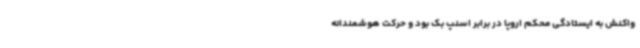
واکنش به ایستادگی محکم اروپا در برابر اسنپ بک بود و حرکت هوشمندانه